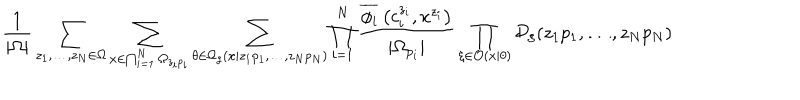
\frac { 1 } { | \Omega | } \sum _ { z _ { 1 } , \ldots , z _ { N } \in \Omega } \sum _ { x \in \bigcap _ { i = 1 } ^ { N } \Omega _ { z _ { i } p _ { i } } } \sum _ { \theta \in \Omega _ { g } ( x | z _ { 1 } p _ { 1 } , \ldots , z _ { N } p _ { N } ) } \prod _ { i = 1 } ^ { N } \frac { \overline { { { \phi _ { i } } } } \left( c _ { i } ^ { z _ { i } } , x ^ { z _ { i } } \right) } { | \Omega _ { p _ { i } } | } \prod _ { \xi \in \mathcal { O } ( x | \theta ) } \mathcal { D } _ { \xi } ( z _ { 1 } p _ { 1 } , \ldots , z _ { N } p _ { N } )